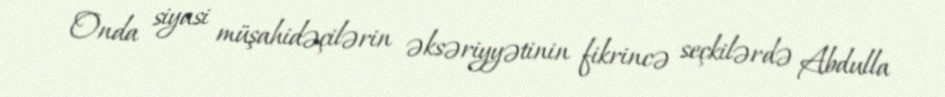
Onda siyasi müşahidəçilərin əksəriyyətinin fikrincə seçkilərdə Abdulla